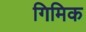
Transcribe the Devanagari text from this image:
गिमिक